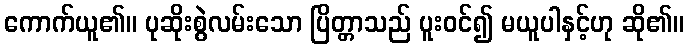
ကောက်ယူ၏။ ပုဆိုးစွဲလမ်းသော ပြိတ္တာသည် ပူးဝင်၍ မယူပါနှင့်ဟု ဆို၏။